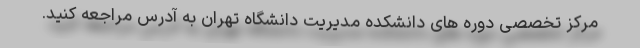
مرکز تخصصی دوره های دانشکده مدیریت دانشگاه تهران به آدرس مراجعه کنید.